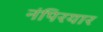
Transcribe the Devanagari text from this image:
नंपिरयार